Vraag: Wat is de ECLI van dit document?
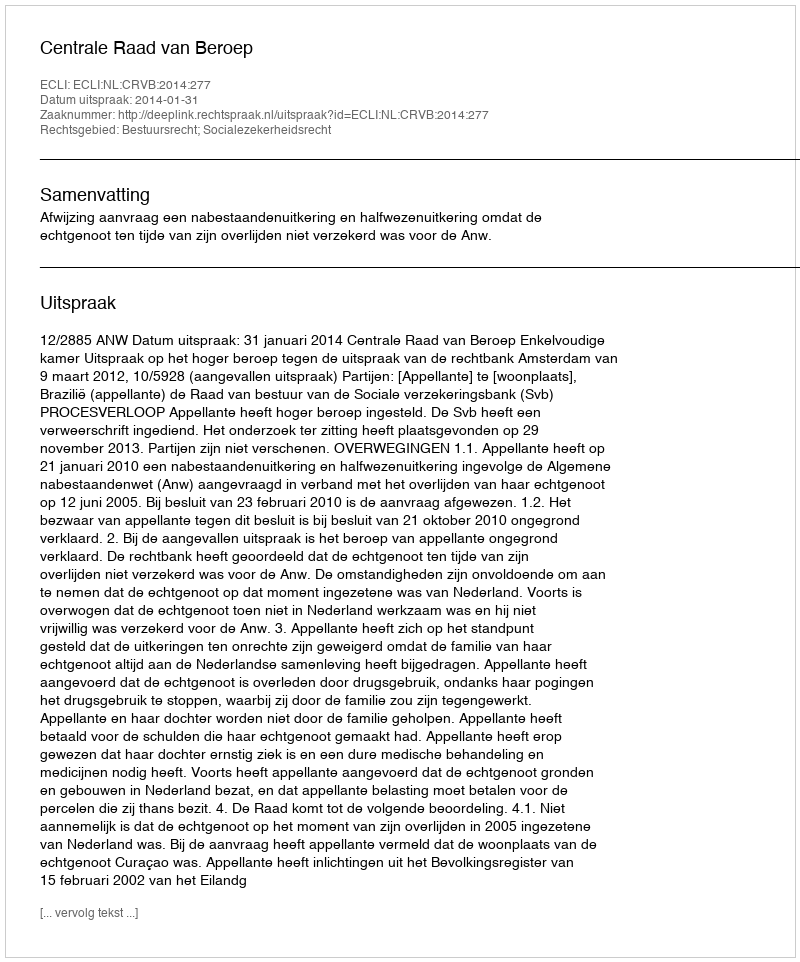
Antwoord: ECLI:NL:CRVB:2014:277